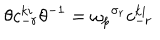
\theta c _ { - r } ^ { k i } \theta ^ { - 1 } = { \omega _ { p } } ^ { \sigma _ { r } } c _ { - r } ^ { k i }